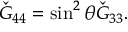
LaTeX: \check { G } _ { 4 4 } = \sin ^ { 2 } \theta \check { G } _ { 3 3 } .